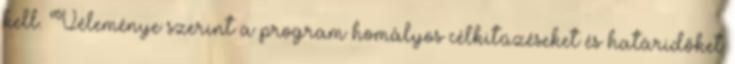
kell. Véleménye szerint a program homályos célkitűzéseket és határidőket